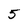
Character: 5